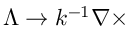
\Lambda \rightarrow k ^ { - 1 } \nabla \times